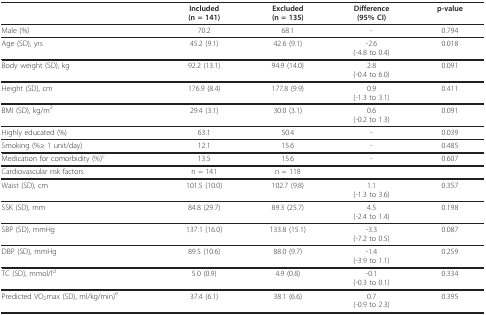
|  | Included(n = 141) | Excluded(n = 135) | Difference(95% CI) | p-value |
 | --- | --- | --- | --- | --- |
 | Male (%) | 70.2 | 68.1 | - | 0.794 |
 | Age (SD), yrs | 45.2 (9.1) | 42.6 (9.1) | -2.6(-4.8 to 0.4) | 0.018 |
 | Body weight (SD), kg | 92.2 (13.1) | 94.9 (14.0) | 2.8(-0.4 to 6.0) | 0.091 |
 | Height (SD), cm | 176.9 (8.4) | 177.8 (9.9) | 0.9(-1.3 to 3.1) | 0.411 |
 | BMI (SD), kg/m2 | 29.4 (3.1) | 30.0 (3.1) | 0.6(-0.2 to 1.3) | 0.091 |
 | Highly educated (%) | 63.1 | 50.4 | - | 0.039 |
 | Smoking (%≥ 1 unit/day) | 12.1 | 15.6 | - | 0.485 |
 | Medication for comorbidity (%)c | 13.5 | 15.6 | - | 0.607 |
 | Cardiovascular risk factors | n = 141 | n = 118 |  |  |
 | Waist (SD), cm | 101.5 (10.0) | 102.7 (9.8) | 1.1(-1.3 to 3.6) | 0.357 |
 | SSK (SD), mm | 84.8 (29.7) | 89.3 (25.7) | 4.5(-2.4 to 1.4) | 0.198 |
 | SBP (SD), mmHg | 137.1 (16.0) | 133.8 (15.1) | -3.3(-7.2 to 0.5) | 0.087 |
 | DBP (SD), mmHg | 89.5 (10.6) | 88.0 (9.7) | -1.4(-3.9 to 1.1) | 0.259 |
 | TC (SD), mmol/ld | 5.0 (0.9) | 4.9 (0.8) | -0.1(-0.3 to 0.1) | 0.334 |
 | Predicted VO2max (SD), ml/kg/min)e | 37.4 (6.1) | 38.1 (6.6) | 0.7(-0.9 to 2.3) | 0.395 |